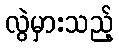
လွဲမှားသည့်